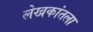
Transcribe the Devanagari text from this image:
लेखकांतला